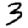
Digit: 3